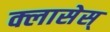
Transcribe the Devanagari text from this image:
क्लासेस्